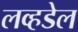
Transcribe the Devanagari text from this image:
लव्हडेल